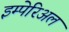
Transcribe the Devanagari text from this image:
इम्पेरिअल